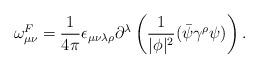
LaTeX: \begin{align*}\omega^{F}_{\mu \nu} = \frac{1}{4\pi} \epsilon_{\mu\nu\lambda\rho}\partial^{\lambda} \left( \frac{1}{|\phi|^{2}} (\bar{\psi} \gamma^{\rho}\psi ) \right).\end{align*}